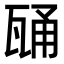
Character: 𭺢